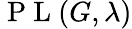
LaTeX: \mathrm{~P~L~}(G,\lambda)